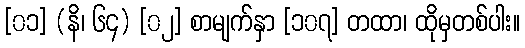
[၀၁] (နိ၊ ၆၄) [၀၂] စာမျက်နှာ [၁၀၇] တထာ၊ ထိုမှတစ်ပါး။